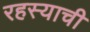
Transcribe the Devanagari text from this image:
रहस्याची